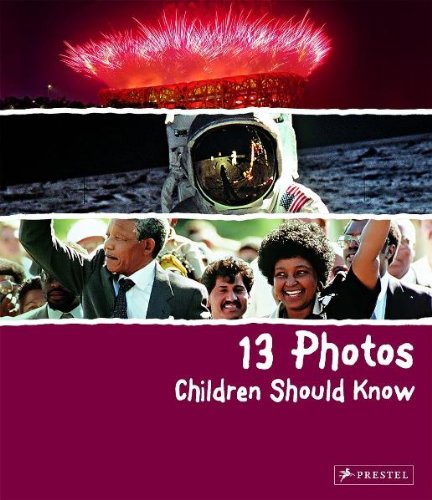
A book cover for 13 Photos Children Should Know; Brad Finger; Children's Books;